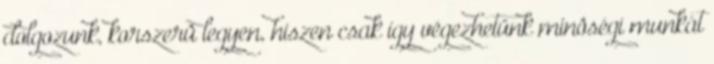
dolgozunk, korszerû legyen, hiszen csak így végezhetünk minôségi munkát